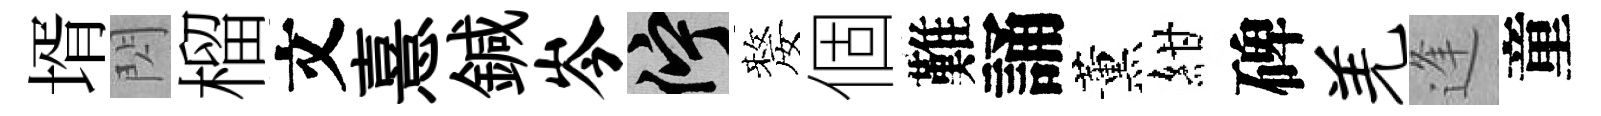
壻閃榴文憙鍼岑伫嫠個難誦薰紺碑羌逢童